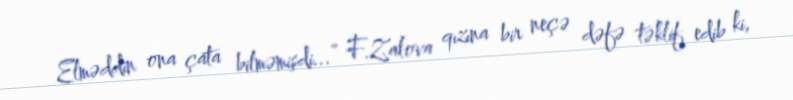
Elməddin ona çata bilməmişdi...” F.Zalova qızına bir neçə dəfə təklif edib ki,